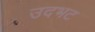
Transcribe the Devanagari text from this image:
उदभट